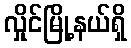
လှိုင်မြို့နယ်ရှိ